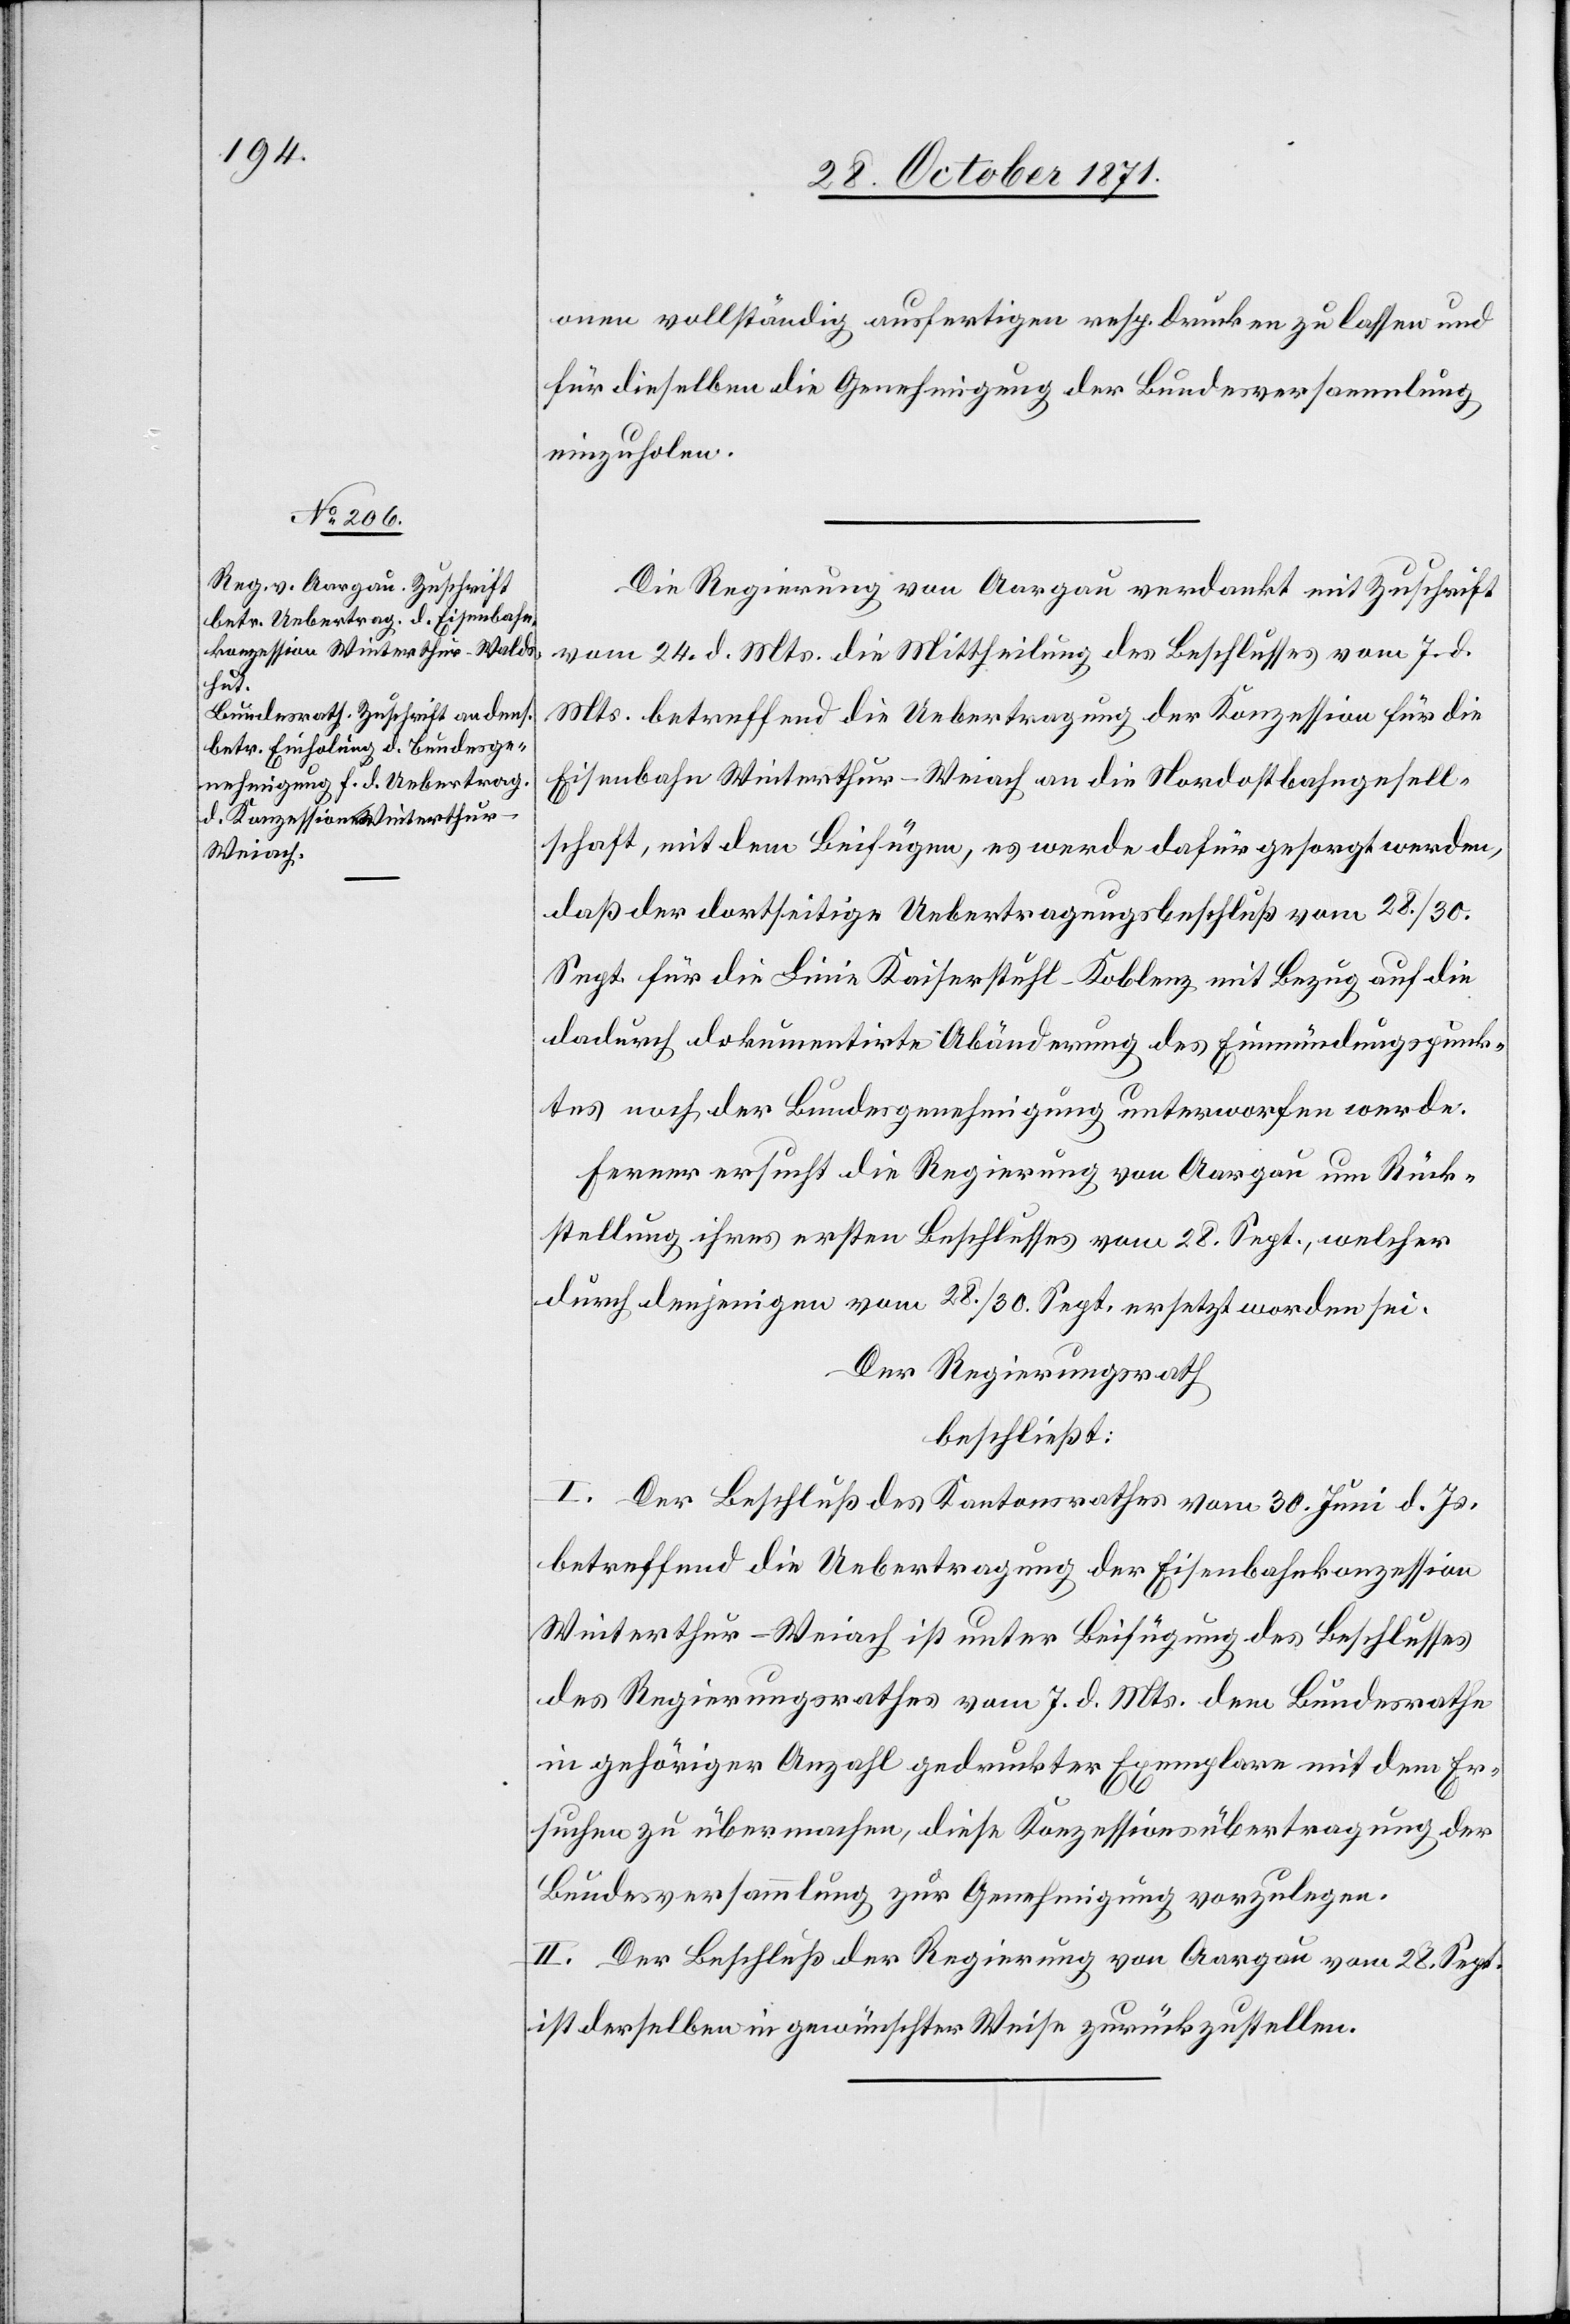
onen vollständig ausfertigen resp. drucken zu lassen und
für dieselben die Genehmigung der Bundesversammlung
einzuholen.
Die Regierung von Aargau verdankt mit Zuschrift
vom 24. d. Mts. die Mittheilung des Beschlusses vom 7. d.
Mts. betreffend die Uebertragung der Konzession für die
Eisenbahn Winterthur–Weiach an die Nordostbahngesell¬
schaft, mit dem Beifügen, es werde dafür gesorgt werden,
daß der dortseitige Uebertragungsbeschluß vom 28./30.
Sept. für die Linie Kaiserstuhl–Koblenz mit Bezug auf die
dadurch dokumentirte Abänderung des Einmündungspunk¬
tes noch der Bundesgenehmigung unterworfen werde.
Ferner ersucht die Regierung von Aargau um Rück¬
stellung ihres ersten Beschlusses vom 28. Sept., welcher
durch denjenigen vom 28./30. Sept. ersetzt worden sei.
Der Regierungsrath
beschließt:
I. Der Beschluß des Kantonsrathes vom 30. Juni d. Js.
betreffend die Uebertragung der Eisenbahnkonzession
Winterthur–Weiach ist unter Beifügung des Beschlusses
des Regierungsrathes vom 7. d. Mts. dem Bundesrathe
in gehöriger Anzahl gedruckter Exemplare mit dem Er¬
suchen zu übermachen, diese Konzessionsübertragung der
Bundesversammlung zur Genehmigung vorzulegen.
II. Der Beschluß der Regierung von Aargau vom 28. Sept.
ist derselben in gewünschter Weise zurückzustellen.